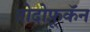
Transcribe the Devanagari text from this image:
तोदोफ़ूकॅन